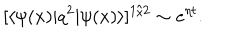
[ \langle \psi ( x ) \vert q ^ { 2 } \vert \psi ( x ) \rangle ] ^ { 1 / 2 } \sim e ^ { \eta t } .